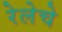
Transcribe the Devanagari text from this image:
रेलेचे